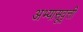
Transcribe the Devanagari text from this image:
अभ्यासूवृत्ती